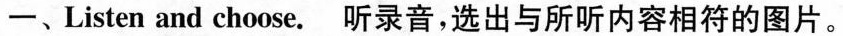
一、Listen and choose. 听录音,选出与所听内容相符的图片。